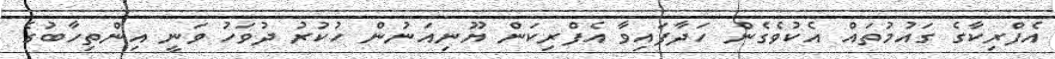
އެފްރިކާގެ ގައުމުތައް އެކުވެގެން ހަދާފައިވާ އެފްރިކަން ޔޫނިއަނުން ހުކުރު ދުވަހު ވަނީ އިންތިހާބުގެ